Treatise on elephants
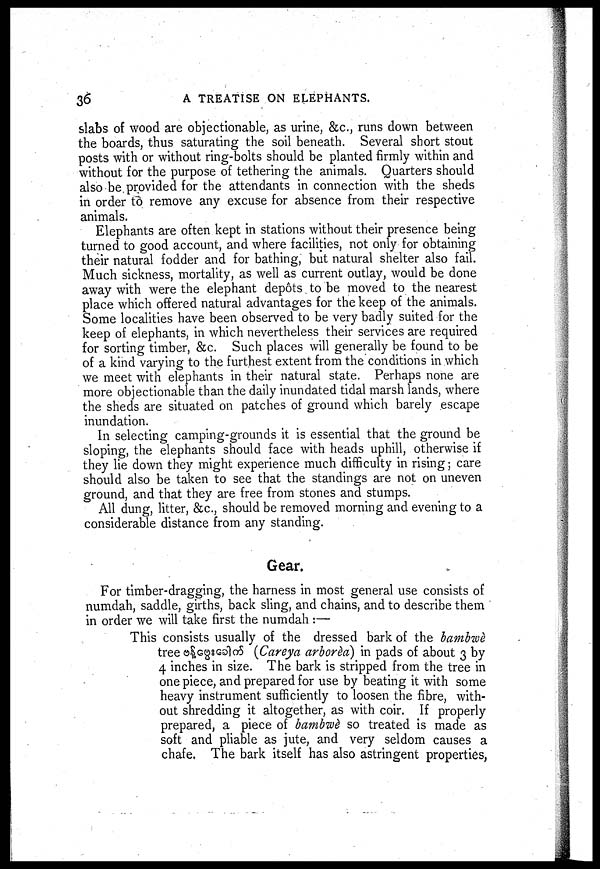
36
A TREATISE ON ELEPHANTS.
slabs of wood are objectionable, as urine, &c., runs down between
the boards, thus saturating the soil beneath. Several short stout
posts with or without ring-bolts should be planted firmly within and
without for the purpose of tethering the animals. Quarters should
also be provided for the attendants in connection with the sheds
in order to remove any excuse for absence from their respective
animals.
Elephants are often kept in stations without their presence being
turned to good account, and where facilities, not only for obtaining
their natural fodder and for bathing, but natural shelter also fail.
Much sickness, mortality, as well as current outlay, would be done
away with were the elephant depots to be moved to the nearest
place which offered natural advantages for the keep of the animals.
Some localities have been observed to be very badly suited for the
keep of elephants, in which nevertheless their services are required
for sorting timber, &c. Such places will generally be found to be
of a kind varying to the furthest extent from the conditions in which
we meet with elephants in their natural state. Perhaps none are
more objectionable than the daily inundated tidal marsh lands, where
the sheds are situated on patches of ground which barely escape
inundation.
In selecting camping-grounds it is essential that the ground be
sloping, the elephants should face with heads uphill, otherwise if
they lie down they might experience much difficulty in rising; care
should also be taken to see that the standings are not on uneven
ground, and that they are free from stones and stumps.
All dung, litter, &c, should be removed morning and evening to a
considerable distance from any standing.
Gear.
For timber-dragging, the harness in most general use consists of
numdah, saddle, girths, back sling, and chains, and to describe them
in order we will take first the numdah :—
This consists usually of the dressed bark of the bambwè
tree ©$ 0 Gg8co]o5 (Careya arborèa) in pads of about 3 by
4 inches in size. The bark is stripped from the tree in
one piece, and prepared for use by beating it with some
heavy instrument sufficiently to loosen the fibre, with-
out shredding it altogether, as with coir. If properly
prepared, a piece of bambwè so treated is made as
soft and pliable as jute, and very seldom causes a
chafe. The bark itself has also astringent properties,